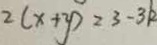
2 ( x + y ) = 3 - 3 k